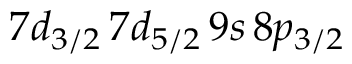
7 d _ { 3 / 2 } \, 7 d _ { 5 / 2 } \, 9 s \, 8 p _ { 3 / 2 }